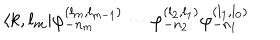
LaTeX: \langle k , l _ { m } | \varphi _ { - n _ { m } } ^ { ( l _ { m } , l _ { m - 1 } ) } \cdots \varphi _ { - n _ { 2 } } ^ { ( l _ { 2 } , l _ { 1 } ) } \varphi _ { - n _ { 1 } } ^ { ( l _ { 1 } , l _ { 0 } ) }